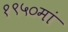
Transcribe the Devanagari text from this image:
१९५०मां